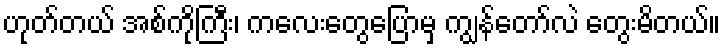
ဟုတ်တယ် အစ်ကိုကြီး၊ ကလေးတွေပြောမှ ကျွန်တော်လဲ တွေးမိတယ်။